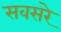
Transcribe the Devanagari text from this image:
सवसरे